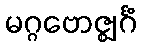
မဂ္ဂဗောဇ္ဈင်္ဂံ